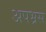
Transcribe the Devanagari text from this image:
अपभ्रस